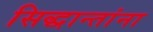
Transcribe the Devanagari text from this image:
सिद्धान्तांना